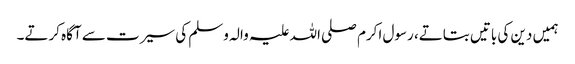
ہمیں دین کی باتیں بتاتے، رسول اکرم صلی اللہ علیہ والہ وسلم کی سیرت سے آگاہ کرتے۔